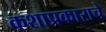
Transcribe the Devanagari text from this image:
कशाप्रकाराचे